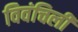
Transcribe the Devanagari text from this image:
विवंचिली